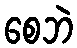
စေဘဲ